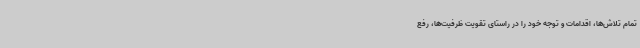
تمام تلاش‌ها، اقدامات و توجه خود را در راستای تقویت ظرفیت‌ها، رفع